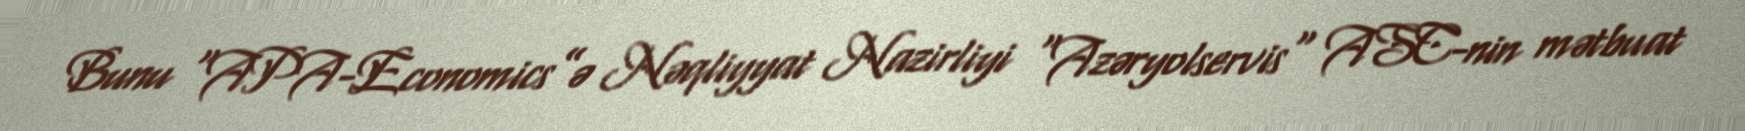
Bunu “APA-Economics”ə Nəqliyyat Nazirliyi "Azəryolservis" ASC-nin mətbuat